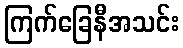
ကြက်ခြေနီအသင်း